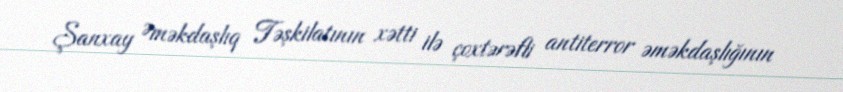
Şanxay Əməkdaşlıq Təşkilatının xətti ilə çoxtərəfli antiterror əməkdaşlığının